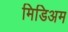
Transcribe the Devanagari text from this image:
मिडिअम